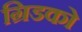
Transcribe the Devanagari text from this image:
ग्रिडको